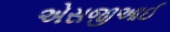
એસજીઆઈ